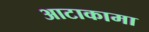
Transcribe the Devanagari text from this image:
आटाकामा